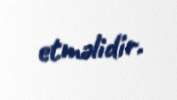
etməlidir.